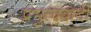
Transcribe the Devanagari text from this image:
प्रभुत्ववादी